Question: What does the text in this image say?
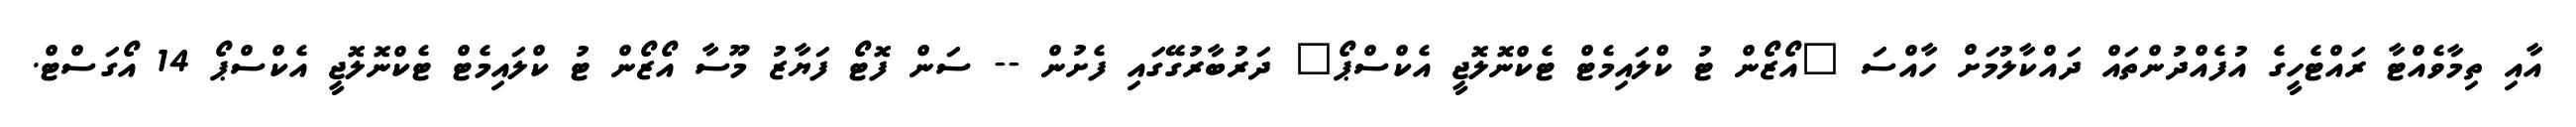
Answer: އާއި ތިމާވެއްޓާ ރައްޓެހީގެ އުފެއްދުންތައް ދައްކާލުމަށް ހާއްސަ "އޯޒޯން ޓު ކްލައިމެޓް ޓެކްނޮލޮޖީ އެކްސްޕޯ" ދަރުބާރުގޭގައި ފެށުން -- ސަން ފޮޓޯ ފަޔާޒު މޫސާ އޯޒޯން ޓު ކްލައިމެޓް ޓެކްނޮލޮޖީ އެކްސްޕޯ 14 އޯގަސްޓް.